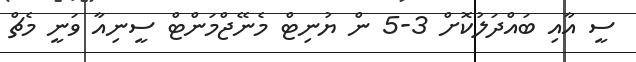
ސީ އާއި ބައްދަލުކޮށް 3-5 ން ޔުނިޓް މެނޭޖްމަންޓް ސީނިއާ ވަނީ މެޗް